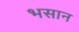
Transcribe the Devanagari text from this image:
भसान